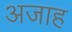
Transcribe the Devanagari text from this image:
अजाह